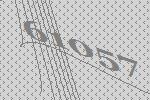
61057